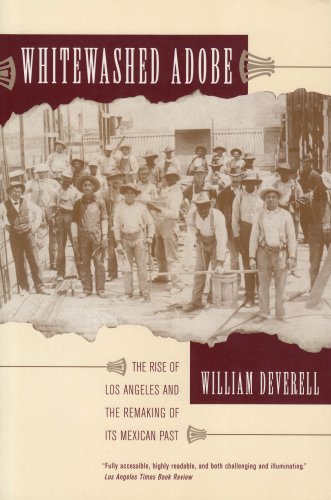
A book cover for Whitewashed Adobe: The Rise of Los Angeles and the Remaking of Its Mexican Past; William Deverell; History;